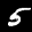
Label: 5